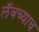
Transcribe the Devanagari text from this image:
लॅबच्याच